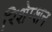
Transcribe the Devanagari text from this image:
रिशेप्शन